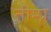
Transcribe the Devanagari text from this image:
तीम्प्न